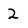
Character: 2